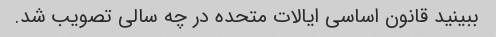
ببینید قانون اساسی ایالات متحده در چه سالی تصویب شد.